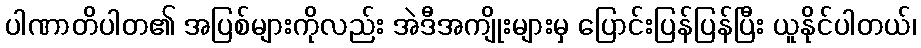
ပါဏာတိပါတ၏ အပြစ်များကိုလည်း အဲဒီအကျိုးများမှ ပြောင်းပြန်ပြန်ပြီး ယူနိုင်ပါတယ်၊